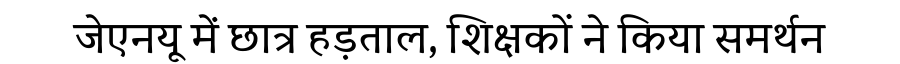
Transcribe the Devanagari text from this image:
जेएनयू में छात्र हड़ताल, शिक्षकों ने किया समर्थन